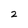
Character: 2